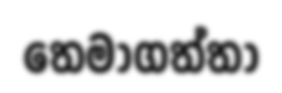
තෙමාගත්තා